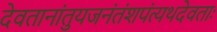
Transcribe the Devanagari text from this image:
देवतानांतुयजनंतंशपंत्यथदेवताः